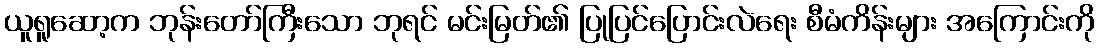
ယူရူဆော့က ဘုန်းတော်ကြီးသော ဘုရင် မင်းမြတ်၏ ပြုပြင်ပြောင်းလဲရေး စီမံကိန်းများ အကြောင်းကို